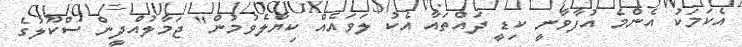
އެކަމަކު އެންމެ އުފާވާނީ ކިޑީ ދައްތައާ އެކު ލަވައެއް ކިޔާލެވުމުން" ޖަމާލުއްދީން ސްކޫލުގެ